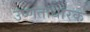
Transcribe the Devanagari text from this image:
उष्णताधारक